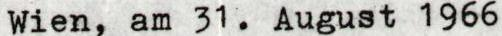
Wien, am 31. August 1966